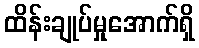
ထိန်းချုပ်မှုအောက်ရှိ